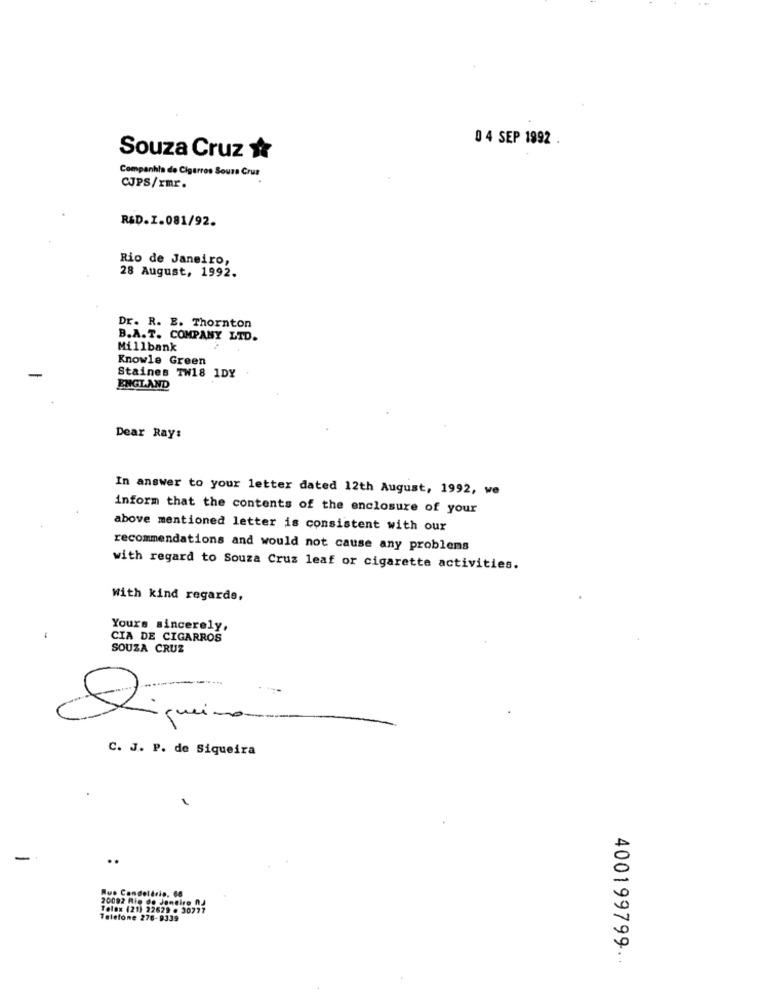
04 SEP 1992 .
Souza Cruz &
Companhia de Cigarros Souza Crus
CJPS/rmr.
R&D.I.081/92.
Rio de Janeiro,
28 August, 1992.
Dr. R. E. Thornton
B.A.T. COMPANY LTD.
Millbank
Knowle Green
Staines TW18 1DY
ENGLAND
Dear Ray:
In answer to your letter dated 12th August, 1992, we
inform that the contents of the enclosure of your
above mentioned letter is consistent with our
recommendations and would not cause any problems
with regard to Souza Cruz leaf or cigarette activities.
With kind regards,
Yours sincerely,
-
CIA DE CIGARROS
SOUZA CRUZ
---------
queima
C. J. P. de Siqueira
1
Rus Condeldris, 66
20092 Rio de Janeiro RJ
Teles (21) 22629 . 30777
Telefone 276-9339
400199799.